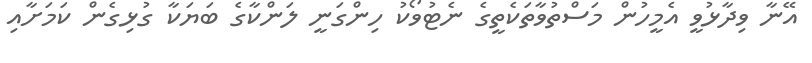
އޭނާ ވިދާޅުވީ އެމީހުން މަސްތުވާތަކެތީގެ ނެޓުވޯކު ހިންގަނީ ލަންކާގެ ބަޔަކާ ގުޅިގެން ކަމަށާއި